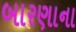
બારણાના